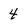
Character: 4